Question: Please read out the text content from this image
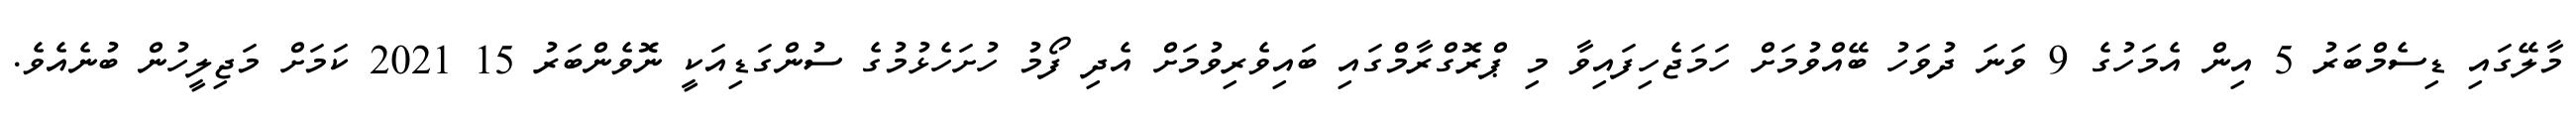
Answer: މާލޭގައި ޑިސެމްބަރު 5 އިން އެމަހުގެ 9 ވަނަ ދުވަހު ބޭއްވުމަށް ހަމަޖެހިފައިވާ މި ޕްރޮގްރާމްގައި ބައިވެރިވުމަށް އެދި ފޯމު ހުށަހެޅުމުގެ ސުންގަޑިއަކީ ނޮވެންބަރު 15 2021 ކަމަށް މަޖިލީހުން ބުނެއެވެ.